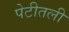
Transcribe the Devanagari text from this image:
पेटीतली